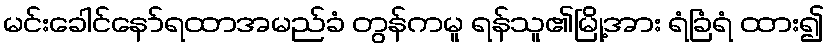
မင်းခေါင်နော်ရထာအမည်ခံ တွန်ကမူ ရန်သူ၏မြို့အား ရံခြံရံ ထား၍